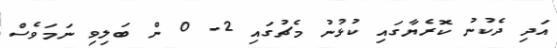
އަދި ދެކުނު ކޮރެޔާގައި ކުޅުނު މެޗުގައި 2- 0 ން ބަލިވި ނަމަވެސް